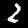
Digit: 2